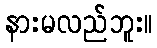
နားမလည်ဘူး။